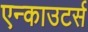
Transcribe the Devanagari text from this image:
एन्काउटर्स